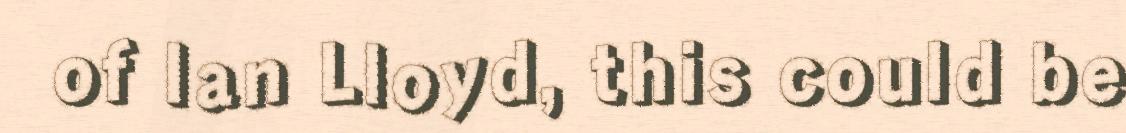
of Ian Lloyd, this could be